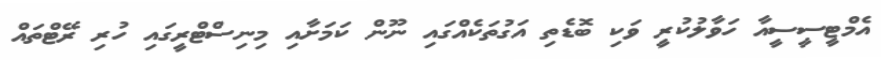
އެމްޓީސީސީއާ ހަވާލުކުރީ ވަކި ބޮޑެތި އަގުތަކެއްގައި ނޫން ކަމަށާއި މިނިސްޓްރީގައި ހުރި ރޭޓްތައް